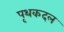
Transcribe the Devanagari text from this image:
पृथकदल